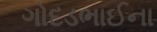
ગોદડભાઈના